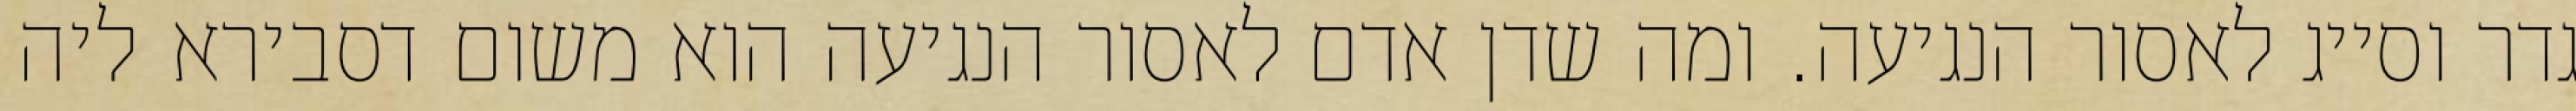
גדר וסייג לאסור הנגיעה. ומה שדן אדם לאסור הנגיעה הוא משום דסבירא ליה